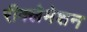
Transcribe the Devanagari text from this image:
रीक्लेमेशन